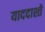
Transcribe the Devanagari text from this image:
याददाश्तें